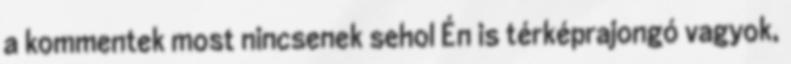
a kommentek most nincsenek sehol Én is térképrajongó vagyok,